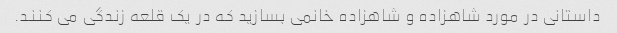
داستانی در مورد شاهزاده و شاهزاده خانمی بسازید که در یک قلعه زندگی می کنند.